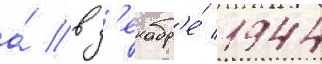
а́ в д'екабр'е́ 1944